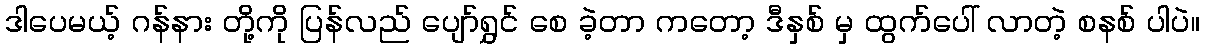
ဒါပေမယ့် ဂန်နား တို့ကို ပြန်လည် ပျော်ရွှင် စေ ခဲ့တာ ကတော့ ဒီနှစ် မှ ထွက်ပေါ် လာတဲ့ စနစ် ပါပဲ။